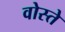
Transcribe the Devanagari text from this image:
वोस्ते